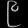
Digit: ၉